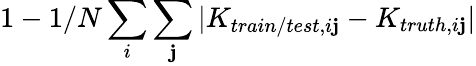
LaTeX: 1-1/N\sum_{i}\sum_{\mathbf{j}}|K_{train/test,i\mathbf{j}}-K_{truth,i\mathbf{j}}|